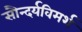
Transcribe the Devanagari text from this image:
सौन्दर्यविमर्श